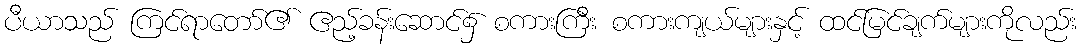
ပီယာသည် ကြင်ရာတော်၏ ဧည့်ခန်းဆောင်၌ စကားကြီး စကားကျယ်များနှင့် ထင်မြင်ချက်များကိုလည်း